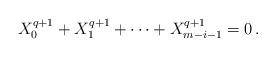
LaTeX: \begin{align*} X^{q+1}_{0}+X^{q+1}_{1}+\cdots+X^{q+1}_{m-i-1}=0\,.\end{align*}